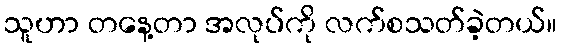
သူဟာ တနေ့တာ အလုပ်ကို လက်စသတ်ခဲ့တယ်။